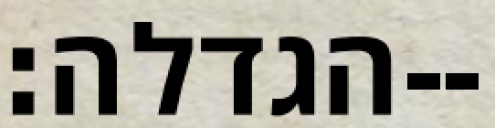
הגדלה׃--